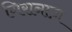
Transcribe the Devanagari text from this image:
गिरानाज़